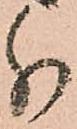
分